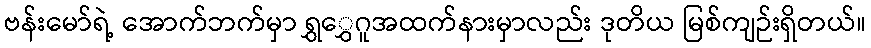
ဗန်းမော်ရဲ့ အောက်ဘက်မှာ ရွှွှေဂူအထက်နားမှာလည်း ဒုတိယ မြစ်ကျဉ်းရှိတယ်။